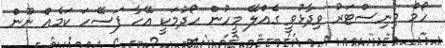
ހޯމް މިނިސްޓަރު ވިދާޅުވީ ގެއްލޭ މީހުން ހޯދުމަކީ އޭހާ ފަސޭހަ ކަމެއް ނޫން